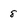
Character: 8